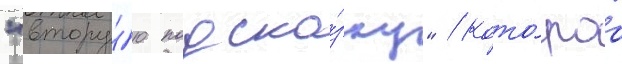
"втору́ю подска́зку" / кото́раа